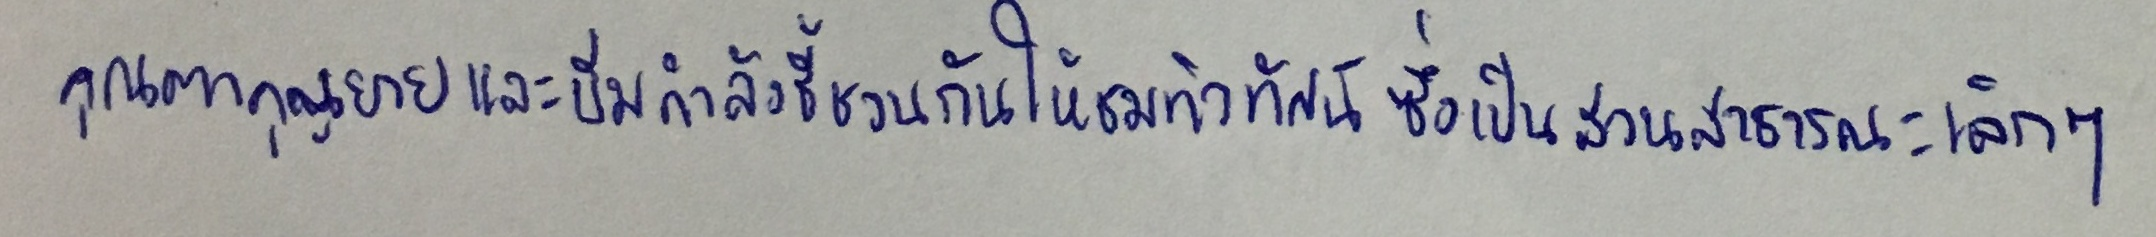
คุณตาคุณยายและบีมกำลังชี้ชวนกันให้ชมทิวทัศน์ซึ่งเป็นสวนสาธารณะเล็กๆ